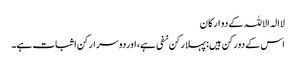
لاالہ الاللہ کےدو ارکان
اس کےدورکن ہیں: پہلارکن نفی ہے،اوردوسرارکن اثبات ہے۔